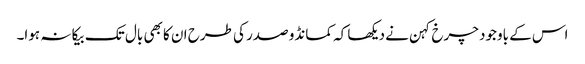
اس کے باوجود چرخ کہن نے دیکھا کہ کمانڈو صدر کی طرح ان کا بھی بال تک بیکا نہ ہوا۔